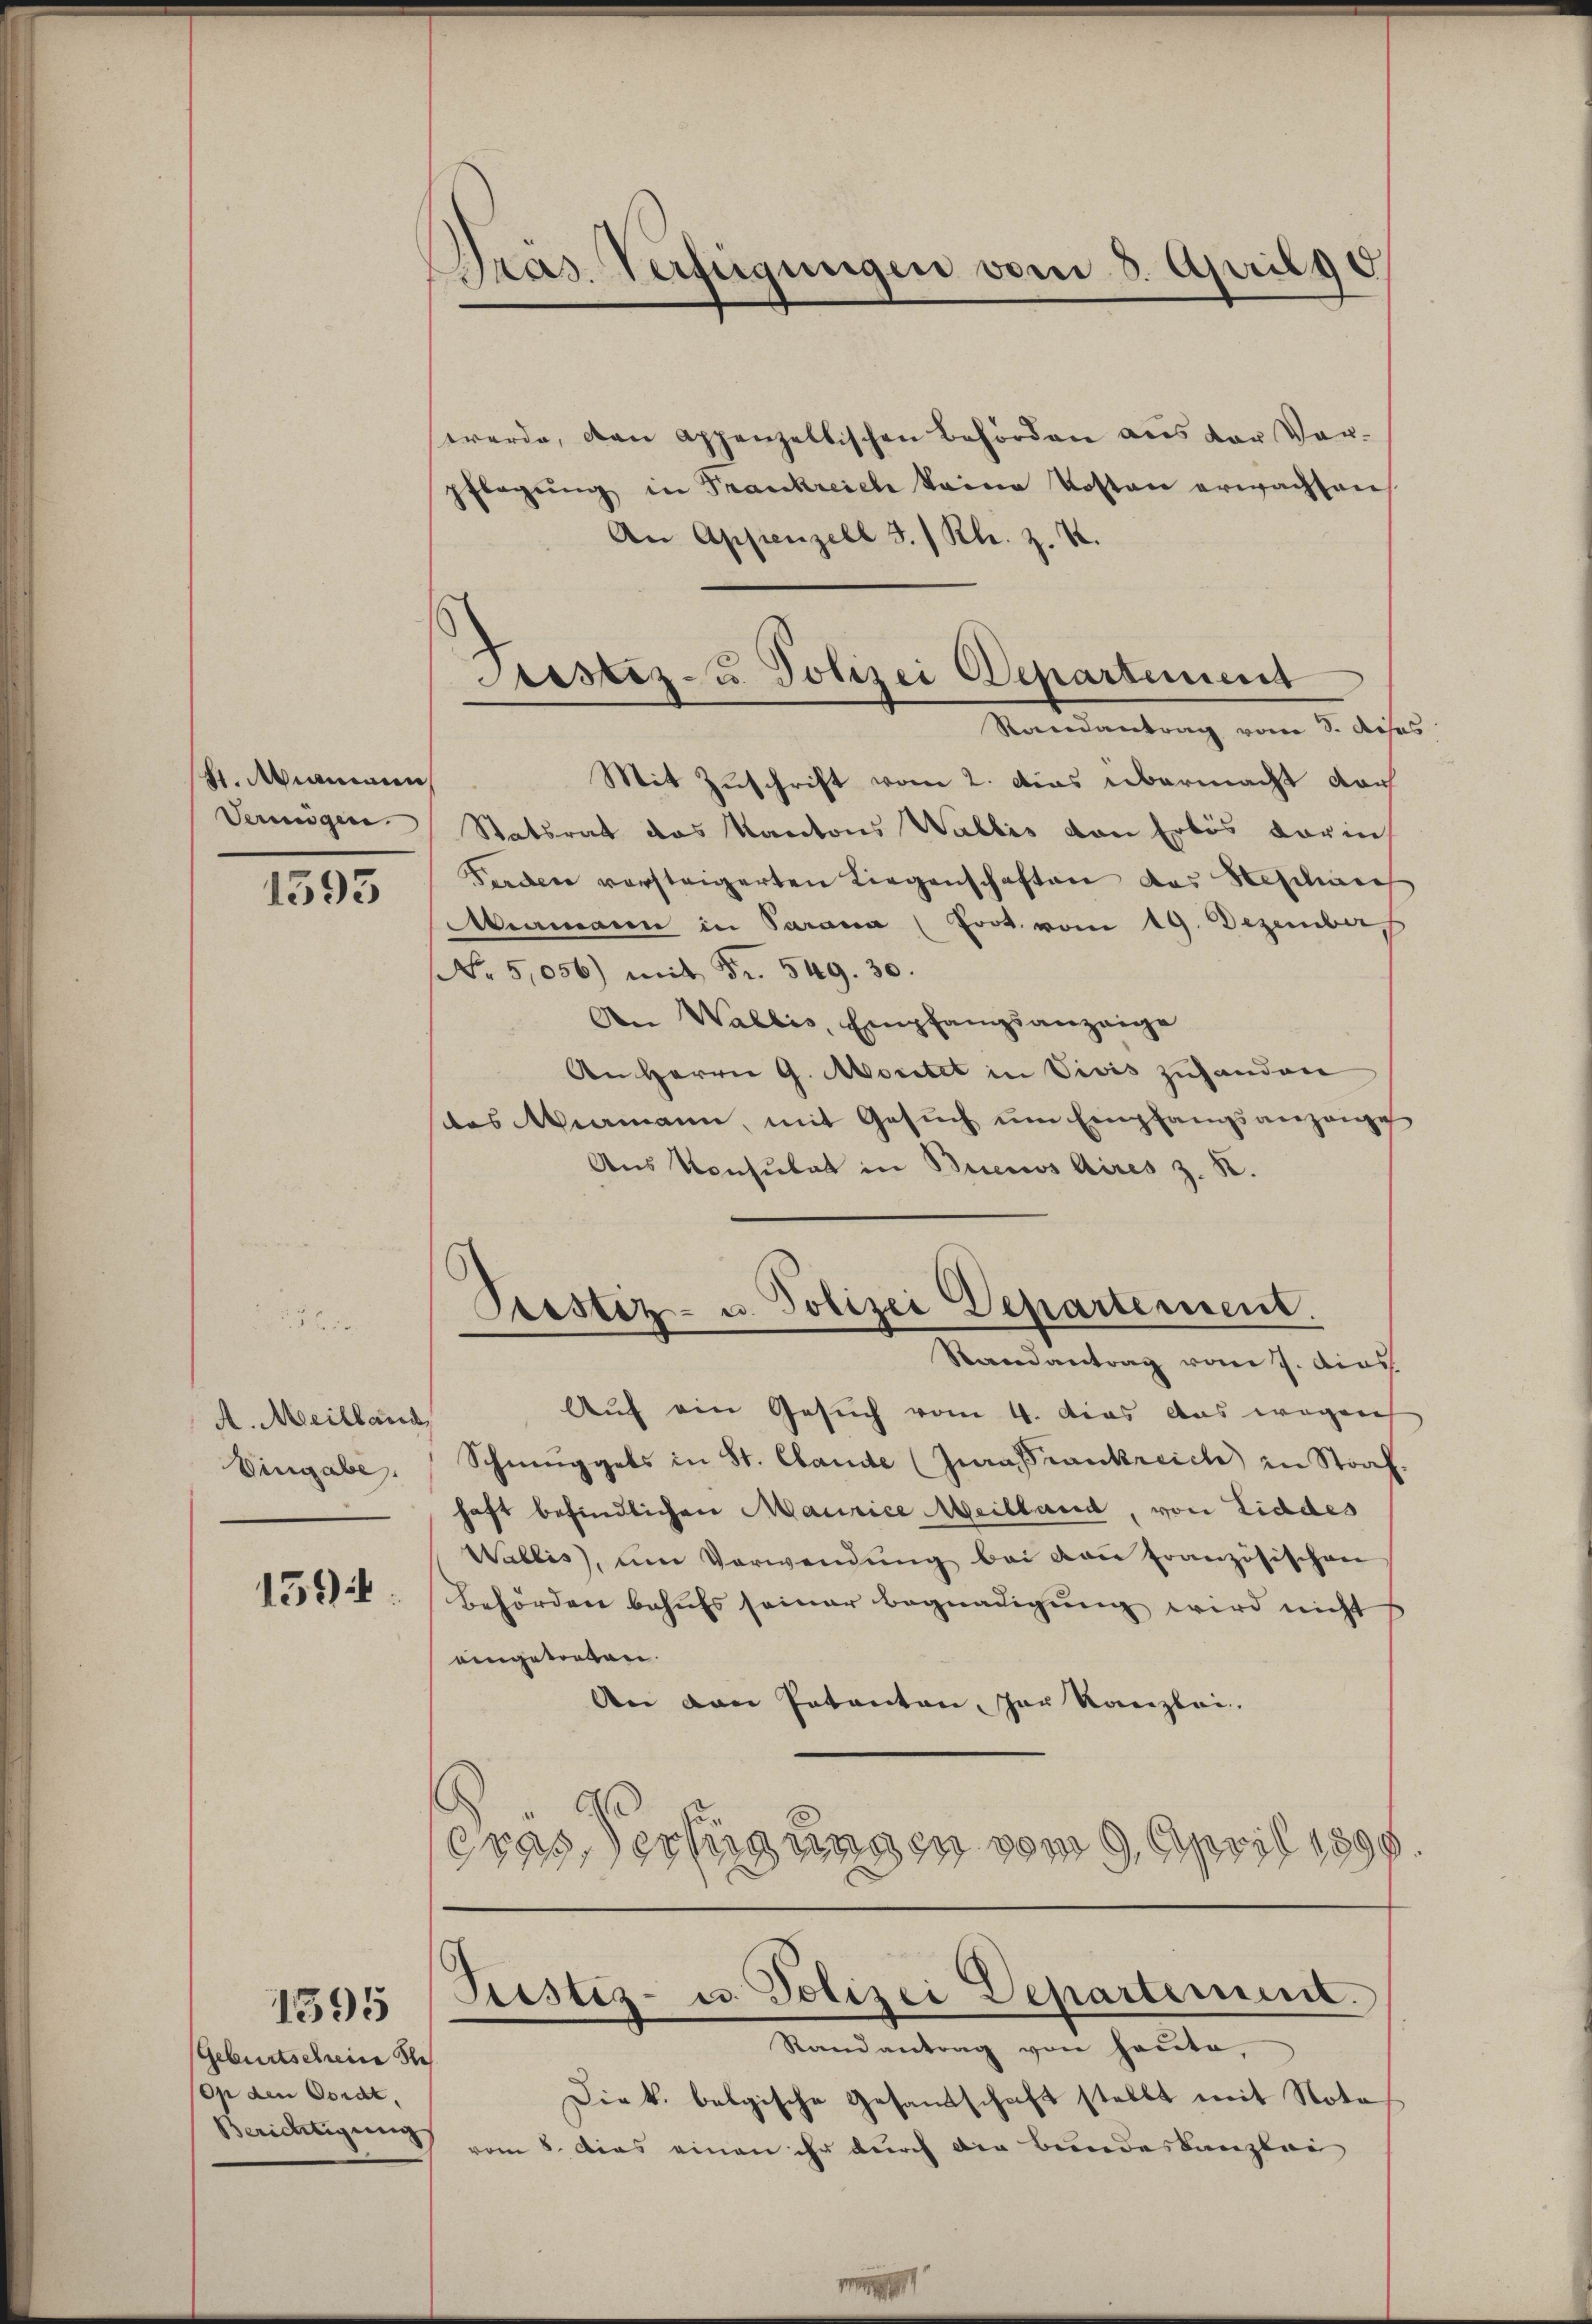
h. Mineren,
Verungen.

1595

A. Meilland,
Vingabe.

159

1595

Geburtscheine Ste
On den Cordt
Berichtigung

Pras. Verfügungen vom 3. April 18

Fristiz- u. Polizei Departement
Randantrag vom 3. dieses
Mit Zuschrift vom 2. Das übermacht doch

werde, den Appenzellischen Behörden aus der Vorpflegŭng in Frankreich keine Kosten erwachsen
An Appenzell I. / Kl. z. B.
Statsrat das Kantons Wallis von Erlös darin,
Fordere vorsteigerten Liegenschaften das Hepiliares
Miamann in Parama (Prot. vom 19. Dezember
No 5,056) mit Fr. 549. 30.
An Wallis, Empfangsanzeige
An Herrn G. Moritet in Vivis zuhanden
das Wamann, mit Gesuch um Empfangsanzenge
Aus Konsulat in Buenos Aires z. K.
Prostiz- u. Polizei Departement.
Randantrag vom 7. dies
Auf ein Gesuch vom 4. Das aus wegen
Schmuggels in St. Cande (Jura rankreich in Straf.
haft befindlichen Maurice Meilland, von Liddes
Wallis, um Verwendung bei von französischen
Behörden behufs seiner Begnadigung wird nicht
eingetorten.
An den Patenten, der Kanzlei.
eras Verfügungen vom 9. April 1895.

Pristiz- u. Polizei Departement.
Randantrag von heute.

Diek. belgische Gesandschaft stellt mit Nota
vom 8. Das einen ihr durch die Bundeskanzlei